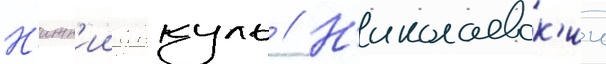
Н'ижн'ии янкуль // Н'иколаевск'ии